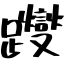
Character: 躞